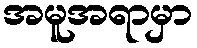
အမူအရာမှာ